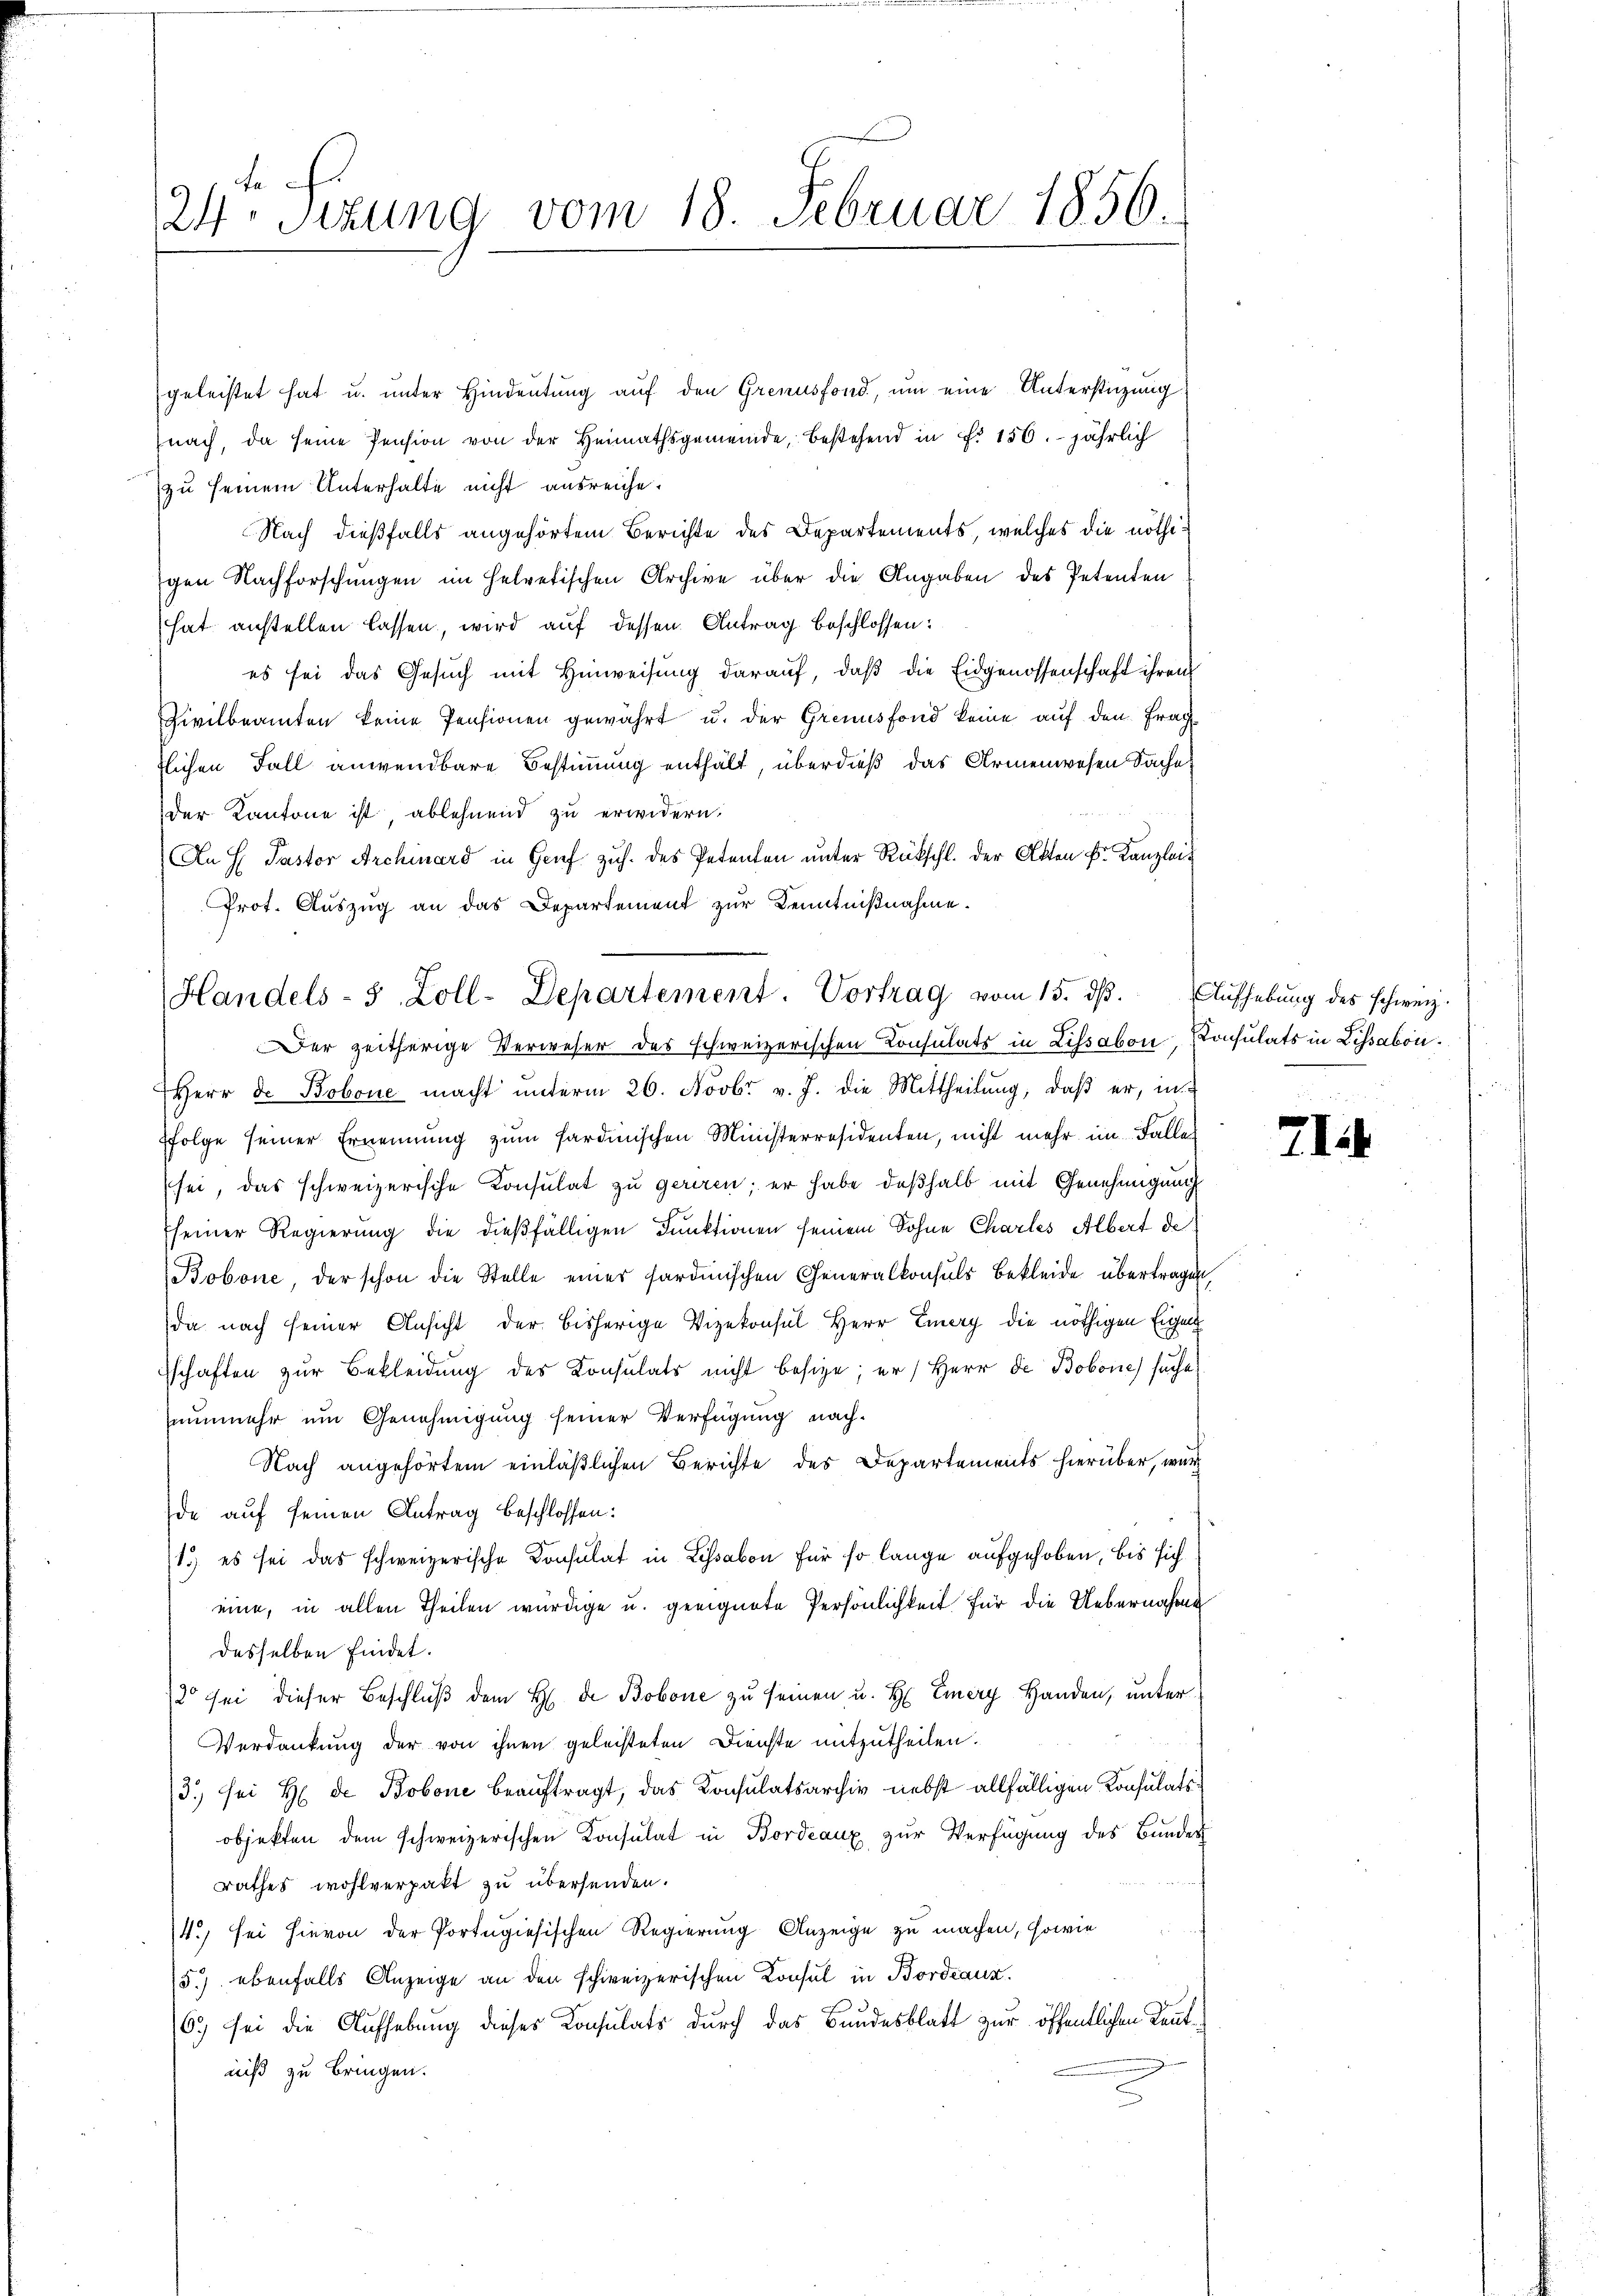
e
24 Sekung vom 18. Februar 1856.

geleistet hat u. unter Hindeutung auf den Grenusfond, um eine Unterstüzung
(nach, da seine Pension von der Heimathsgemeinde, bestehend in f. 156. jährlich
zu seinem Unterhalte nicht ausreiche.
Nach dießfalls angehörtem Berichte des Departements, welches die nöthigen Nachforschungen im Helvetischen Archive über die Angaben des Petenten
hat anstellen lassen, wird auf dessen Antrag beschlossen:
es sei das Gesŭch mit Hinweisung darauf, daβ die Eidgenossenschaft ihren
Zivilbeamten keine Pensionen gewährt u. der Grensfond keine auf den Frag
flichen Fall anwendbare Bestimmung enthält, überdieß das Armenwesen Sache,
der Kantone ist ablehnend zu erwidern.
An H Pastor Archivard in Genf zŭh. des Petenten ŭnter Rückschl. der Akten Fr. Kanzlei-
Prot. Auszug an das Departement zur Kenntnißnahme.
Der zeitherige Verweser des schweizerischen Consulats in Lissabon Konsulats in Lissabon
Herr F. Bobone macht ŭnterm 26. Novbr. v. J. die Mittheilŭng, daβ er, in
folge seiner Ernennung zŭm Sardinischen Ministerresidenten, nicht mehr im Falle
sei, das schweizerische Consulat zu geriren; er habe deßhalb mit Genehmigung
seiner Regierung die dießfälligen Funktionen seinem Sohne Charles Albert de
Bobone, der schon die Stelle einer sardinischen Generalkonsuls Bekleide übertragen,
da nach seiner Ansicht der bisherige Vizekonsul Herr Emery die nöthigen Eigen
schaften zur Bekleidung des Consulats nicht besize; er / Herr de Bobone) suche
nunmehr um Genehmigung seiner Verfügung nach¬
Nach angehörtem einläßlichen Berichte des Departements hierüber, wur
de auf seinen Antrag beschlossen:
(1.) es sei das schweizerische Konsulat in Lissabon für so lange aufgehoben, bis sich
eine, in allen Theilen würdige u. geeignete Persönlichkeit für die Uebernahme
desselben findet.
12 sei dieser Beschluß dem H. Dr Bobone zu seinen u. H. Emery Handen, unter¬
Verdankung der von ihnen geleisteten Dienste mitzutheilen.
3.) sei H. de Bobone beauftragt, das Konsulatsarchiv nebst allfälligen Konsulatsobjekten dem schweizerischen Konsulat in Bordeaux zŭr Verfügung des Bundes
rathes wohlverpakt zu übersenden.
4.) sei hievon der Portugisischen Regierung Anzeige zu machen, sowie
5) ebenfalls Anzeige an den schweizerischen Konsul in Bordeaux
6.) sei die Aufhebung dieses Konsulats durch das Bundesblatt zur öffentlichen Rentniß zu bringen.

Handels- 5 Zoll-Departement. Vortrag vom 15. dβ. Aŭfhebung des schweiz.

714